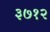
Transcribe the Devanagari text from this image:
३७१२